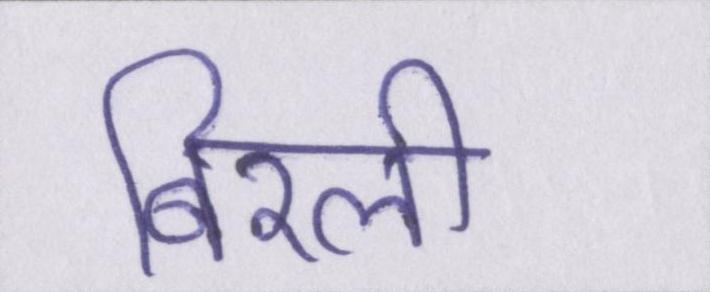
बिरली